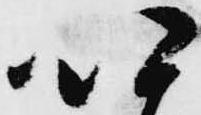
以